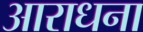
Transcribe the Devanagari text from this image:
अाराधना